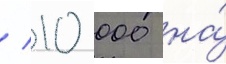
/ 10 000 на́